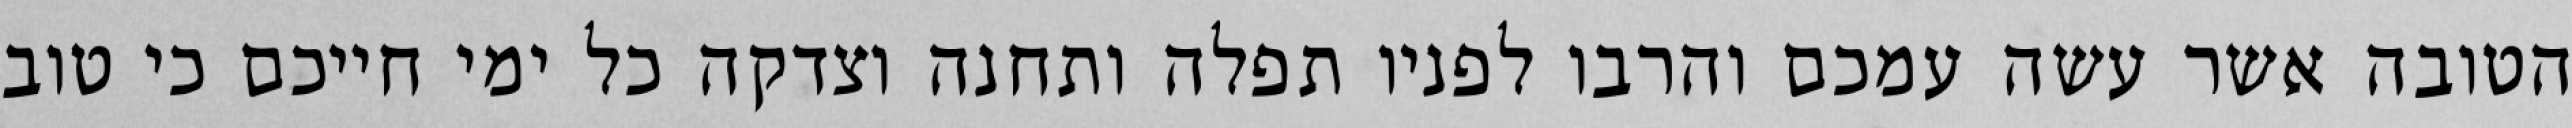
הטובה אשר עשה עמכם והרבו לפניו תפלה ותחנה וצדקה כל ימי חייכם כי טוב